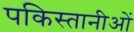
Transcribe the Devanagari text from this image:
पकिस्तानीओं